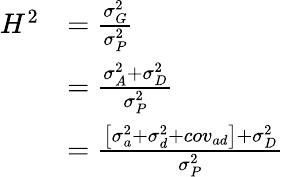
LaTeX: {\begin{array}{rl}{H^{2}}&{={\frac{\sigma_{G}^{2}}{\sigma_{P}^{2}}}}\\ &{={\frac{\sigma_{A}^{2}+\sigma_{D}^{2}}{\sigma_{P}^{2}}}}\\ &{={\frac{\left[\sigma_{a}^{2}+\sigma_{d}^{2}+cov_{ad}\right]+\sigma_{D}^{2}}{\sigma_{P}^{2}}}}\end{array}}